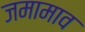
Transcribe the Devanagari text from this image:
जमामाव